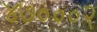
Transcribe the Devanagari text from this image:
४७०००२